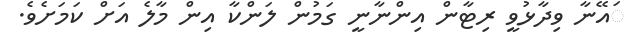
ައޭނާ ވިދާޅުވީ ރިޓާން އިންނާނީ ގަމުން ލަންކާ އިން މާލެ އަށް ކަމަށެވެ.